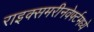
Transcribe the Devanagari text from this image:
राइक्समरीनवेर्फ्टमध्ये